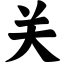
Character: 关